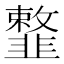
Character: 𩐎